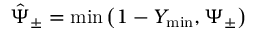
\hat { \Psi } _ { \pm } = \operatorname* { m i n } \left( 1 - Y _ { \operatorname* { m i n } } , \Psi _ { \pm } \right)